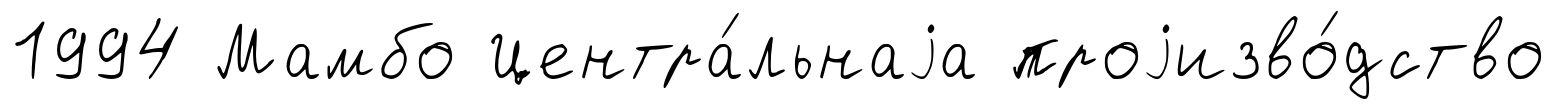
1994 Мамбо Центра́льнаjа проjизво́дство